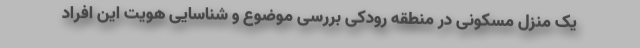
یک منزل مسکونی در منطقه رودکی بررسی موضوع و شناسایی هویت این افراد